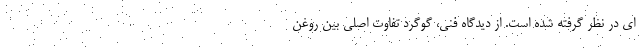
ای در نظر گرفته شده است. از دیدگاه فنی، گوگرد تفاوت اصلی بین روغن